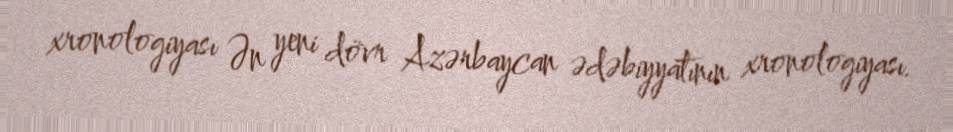
xronologiyası Ən yeni dövr Azərbaycan ədəbiyyatının xronologiyası.